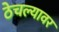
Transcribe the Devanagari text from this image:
ठेचल्यावर